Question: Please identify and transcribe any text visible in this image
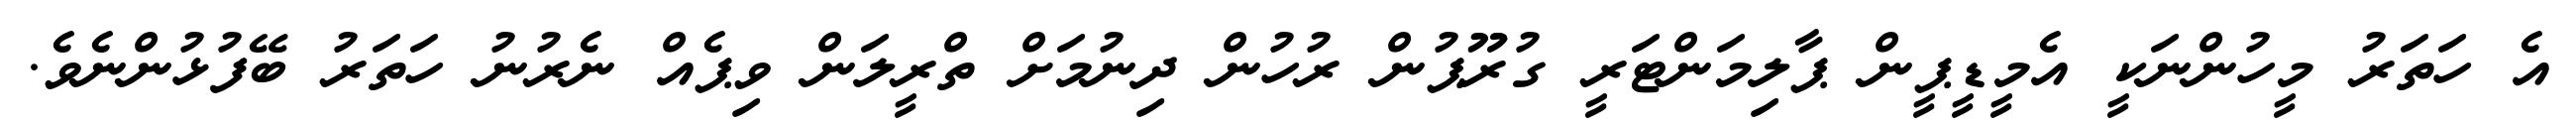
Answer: އެ ހަތަރު މީހުންނަކީ އެމީޑީޕީން ޕާލިމަންޓަރީ ގުރޫޕުން ރުހުން ދިނުމަށް ތްރީލަން ވިޕެއް ނެރުނު ހަތަރު ބޭފުޅުންނެވެ.